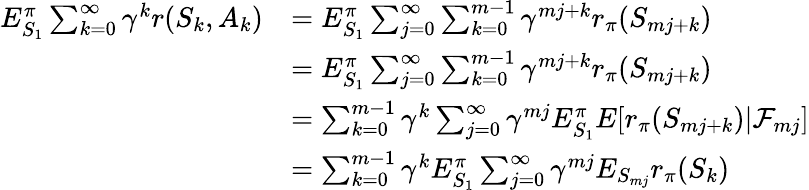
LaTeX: \begin{array}{rl}{E_{S_{1}}^{\pi}\sum_{k=0}^{\infty}\gamma^{k}r(S_{k},A_{k})}&{=E_{S_{1}}^{\pi}\sum_{j=0}^{\infty}\sum_{k=0}^{m-1}\gamma^{mj+k}r_{\pi}(S_{mj+k})}\\ &{=E_{S_{1}}^{\pi}\sum_{j=0}^{\infty}\sum_{k=0}^{m-1}\gamma^{mj+k}r_{\pi}(S_{mj+k})}\\ &{=\sum_{k=0}^{m-1}\gamma^{k}\sum_{j=0}^{\infty}\gamma^{mj}E_{S_{1}}^{\pi}E[r_{\pi}(S_{mj+k})|\mathcal{F}_{mj}]}\\ &{=\sum_{k=0}^{m-1}\gamma^{k}E_{S_{1}}^{\pi}\sum_{j=0}^{\infty}\gamma^{mj}E_{S_{mj}}r_{\pi}(S_{k})}\end{array}